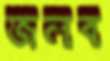
জলব